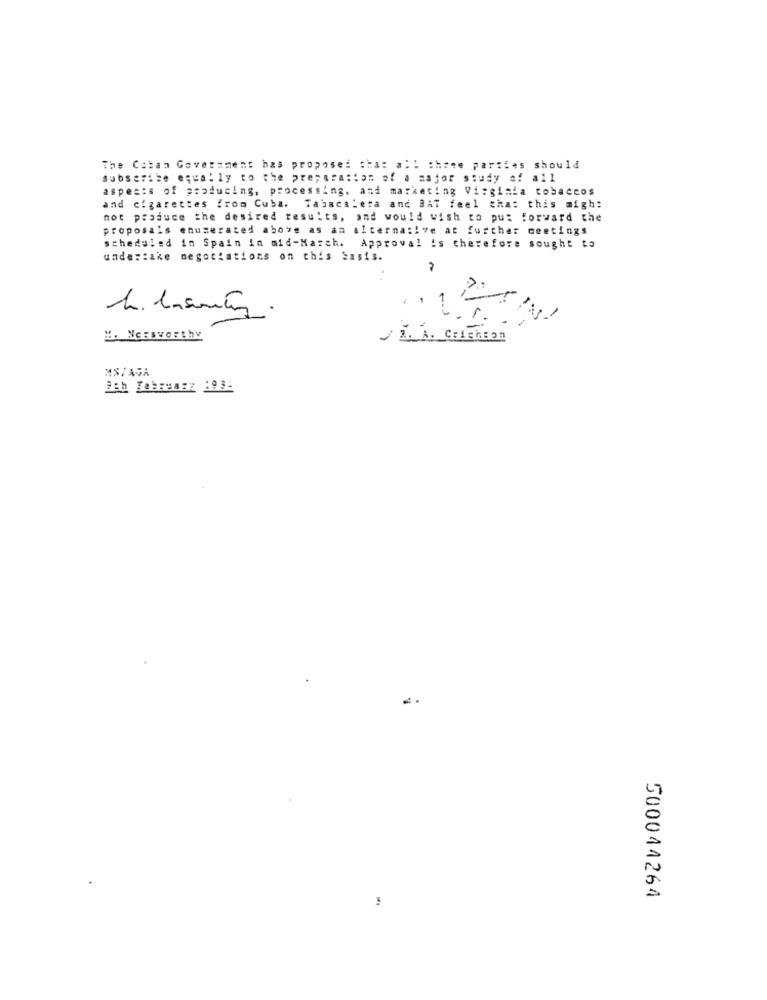
The Cuban Government has proposed that all three parties should
subseribe equally to the preparation of a major study of all
aspects of producing, processing, and marketing Virginia tobaccos
and cigarettes from Cuba. Tabacalera and BAT feel that this migh:
not produce the desired results, and would wish to put forward the
proposals enumerated above as an alternative at further meetings
scheduled in Spain in mid-March. Approval is therefore sought to
under:ske negociations on this basis.
.
H. Nessworthy
L. A. Crashson
MN/AGA
500011261